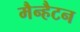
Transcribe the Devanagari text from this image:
मैन्हैटन